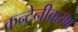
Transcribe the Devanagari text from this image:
कन्टेनीकरण